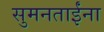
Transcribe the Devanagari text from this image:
सुमनताईंना